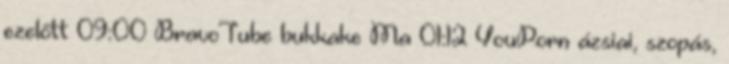
ezelőtt 09:00 BravoTube bukkake Ma 01:12 YouPorn ázsiai, szopás,